Indian journal of veterinary science and animal husbandry - Volume 4,
Year: 1934
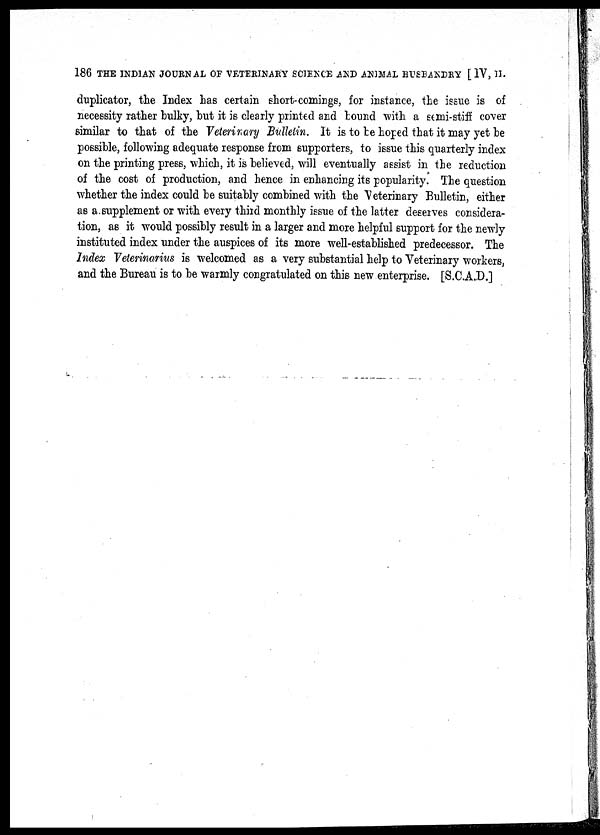
186 THE INDIAN JOURNAL OF VETERINARY SCIENCE AND ANIMAL HUSBANDRY [ IV, II.
duplicator, the Index has certain short-comings, for instance, the issue is of
necessity rather bulky, but it is clearly printed and bound with a semi-stiff cover
similar to that of the Veterinary Bulletin. It is to be hoped that it may yet be
possible, following adequate response from supporters, to issue this quarterly index
on the printing press, which, it is believed, will eventually assist in the reduction
of the cost of production, and hence in enhancing its popularity. The question
whether the index could be suitably combined with the Veterinary Bulletin, either
as a supplement or with every third monthly issue of the latter deserves considera-
tion, as it would possibly result in a larger and more helpful support for the newly
instituted index under the auspices of its more well-established predecessor. The
Index Veterinarius is welcomed as a very substantial help to Veterinary workers,
and the Bureau is to be warmly congratulated on this new enterprise. [S.C.A.D.]